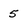
Character: 5